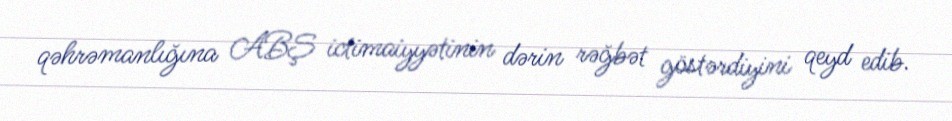
qəhrəmanlığına ABŞ ictimaiyyətinin dərin rəğbət göstərdiyini qeyd edib.